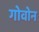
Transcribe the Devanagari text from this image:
गोवोन